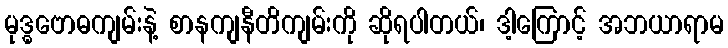
မုဒ္ဓဗောဓကျမ်းနဲ့ စာနကျနီတိကျမ်းကို ဆိုရပါတယ်၊ ဒါ့ကြောင့် အဘယာရာမ